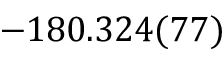
- 1 8 0 . 3 2 4 ( 7 7 )